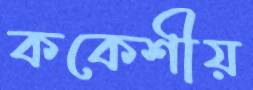
ককেশীয়